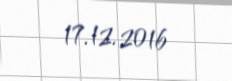
17.12.2016